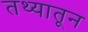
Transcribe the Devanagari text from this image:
तथ्यातून